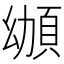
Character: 𩑴